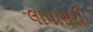
લાપાસરી